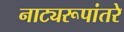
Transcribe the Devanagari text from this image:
नाट्यरूपांतरे